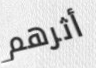
أثرهم